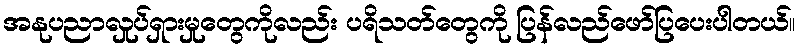
အနုပညာလှုပ်ရှားမှုတွေကိုလည်း ပရိသတ်တွေကို ပြန်လည်ဖော်ပြပေးပါတယ်။